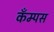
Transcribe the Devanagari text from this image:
कँम्पस